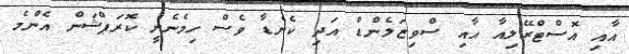
އާއި އޮސްޓްރޭލިއާ އާއި ސްވިޒަލެންޑް އަދި ކެނެޑާ ވެސް ހިމެނެނީ ކޮރަޕްޝަން އެންމެ